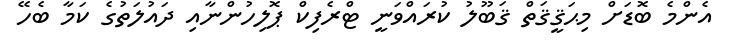
އެންމެ ބޮޑަށް މިޙަޤީޤަތް ޤަބޫލު ކުރައްވަނީ ޓްރެފިކް ޕޮލިހުންނާއި ދައުލަތުގެ ކަމާ ބެހޭ